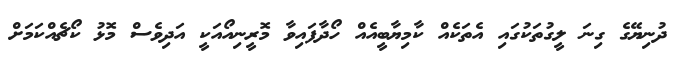
ދުނިޔޭގެ ގިނަ ލީގުތަކުގައި އެތަކެއް ކާމިޔާބީއެއް ހޯދާފައިވާ މޮރީނިއޯއަކީ އަދިވެސް މޮޅު ކޯޗެއްކަމަށް